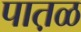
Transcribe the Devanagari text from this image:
पात़ळ